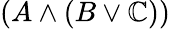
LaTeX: (A\land(B\lor\mathbb{C}))